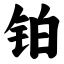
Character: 铂